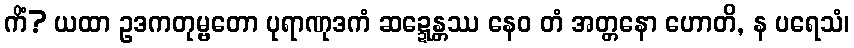
ကိံ? ယထာ ဥဒကတုမ္ဗတော ပုရာဏုဒကံ ဆဍ္ဍေန္တဿ နေဝ တံ အတ္တနော ဟောတိ, န ပရေသံ၊